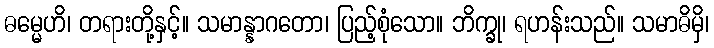
ဓမ္မေဟိ၊ တရားတို့နှင့်။ သမာန္နာဂတော၊ ပြည့်စုံသော။ ဘိက္ခု၊ ရဟန်းသည်။ သမာဓိမှိ၊